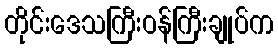
တိုင်းဒေသကြီးဝန်ကြီးချုပ်က